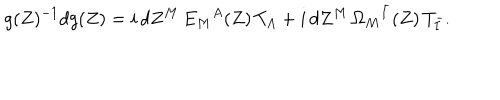
LaTeX: g ( Z ) ^ { - 1 } d g ( Z ) = i \, d Z ^ { M } \, E _ { M } { } ^ { A } ( Z ) \, T _ { A } + i \, d Z ^ { M } \, \Omega _ { M } { } ^ { \bar { I } } ( Z ) \, T _ { \bar { I } } .